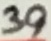
Text: 39